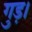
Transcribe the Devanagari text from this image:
गुड़।